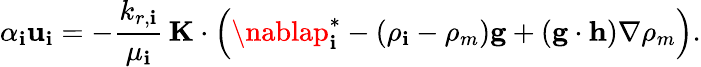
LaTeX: \alpha_{\mathbf{i}}\mathbf{{u}}_{\mathbf{i}}=-\frac{{k_{r,\mathbf{i}}}}{{\mu_{\mathbf{i}}}}\, \mathbf{{K}}\cdot\Big(\nablap_{\mathbf{i}}^{*}-(\rho_{\mathbf{i}}-\rho_{m})\mathbf{{g}}+(\mathbf{{g}}\cdot\mathbf{{h}})\nabla\rho_{m}\Big).